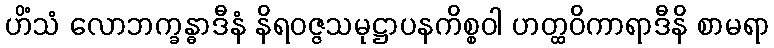
ဟိံသံ လောဘက္ခန္ဓာဒီနံ နိရဝဇ္ဇသမုဋ္ဌာပနကိစ္စဝါ ဟတ္ထဝိကာရာဒီနိ စာမရာ